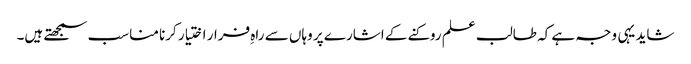
شاید یہی وجہ ہے کہ طالب علم روکنے کے اشارے پر وہاں سے راہِ فرار اختیار کرنا مناسب سمجھتے ہیں۔